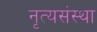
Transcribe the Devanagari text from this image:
नृत्यसंस्था